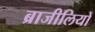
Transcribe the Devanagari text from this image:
ब्राजीलियों